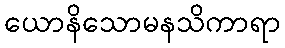
ယောနိသောမနသိကာရာ